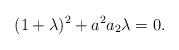
LaTeX: \begin{align*}(1+\lambda)^2+a^2a_2\lambda=0.\end{align*}